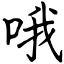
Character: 哦